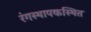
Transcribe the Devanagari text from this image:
रंगस्थापकस्थित